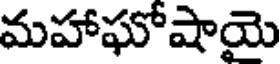
మహాఘోషాయె